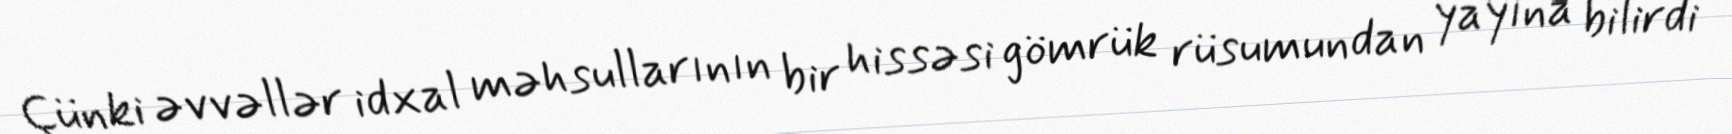
Çünki əvvəllər idxal məhsullarının bir hissəsi gömrük rüsumundan yayına bilirdi